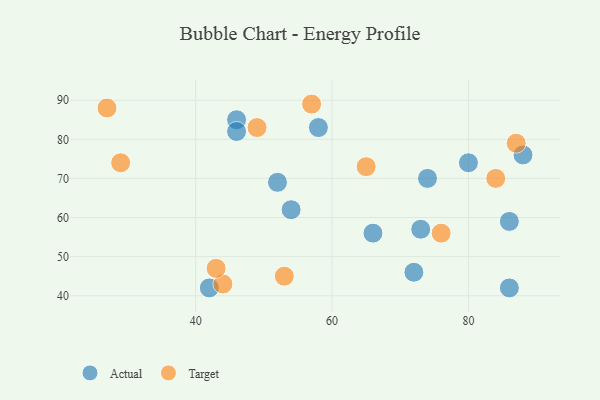
{"axis": {"x": "GDP", "y": "Life Expectancy"}, "legend": ["Actual", "Target"], "data": [{"x": "58", "y": 83, "type": "Actual"}, {"x": "42", "y": 42, "type": "Actual"}, {"x": "80", "y": 74, "type": "Actual"}, {"x": "86", "y": 42, "type": "Actual"}, {"x": "88", "y": 76, "type": "Actual"}, {"x": "54", "y": 62, "type": "Actual"}, {"x": "72", "y": 46, "type": "Actual"}, {"x": "73", "y": 57, "type": "Actual"}, {"x": "86", "y": 59, "type": "Actual"}, {"x": "74", "y": 70, "type": "Actual"}, {"x": "66", "y": 56, "type": "Actual"}, {"x": "46", "y": 85, "type": "Actual"}, {"x": "52", "y": 69, "type": "Actual"}, {"x": "46", "y": 82, "type": "Actual"}, {"x": "44", "y": 43, "type": "Target"}, {"x": "53", "y": 45, "type": "Target"}, {"x": "65", "y": 73, "type": "Target"}, {"x": "29", "y": 74, "type": "Target"}, {"x": "43", "y": 47, "type": "Target"}, {"x": "87", "y": 79, "type": "Target"}, {"x": "84", "y": 70, "type": "Target"}, {"x": "49", "y": 83, "type": "Target"}, {"x": "76", "y": 56, "type": "Target"}, {"x": "57", "y": 89, "type": "Target"}, {"x": "27", "y": 88, "type": "Target"}]}